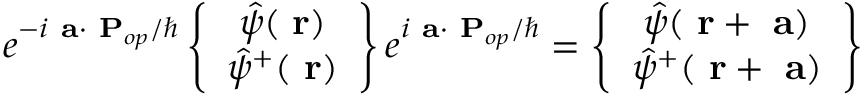
e ^ { - i \mathrm { \bf ~ a } \cdot \mathrm { \bf ~ P } _ { o p } / \hbar } \left\{ \begin{array} { c } { \hat { \psi } ( \mathrm { \bf ~ r } ) } \\ { \hat { \psi } ^ { + } ( \mathrm { \bf ~ r } ) } \end{array} \right\} e ^ { i \mathrm { \bf ~ a } \cdot \mathrm { \bf ~ P } _ { o p } / \hbar } = \left\{ \begin{array} { c } { \hat { \psi } ( \mathrm { \bf ~ r } + \mathrm { \bf ~ a } ) } \\ { \hat { \psi } ^ { + } ( \mathrm { \bf ~ r } + \mathrm { \bf ~ a } ) } \end{array} \right\}